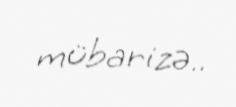
mübarizə..